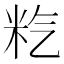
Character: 𥸽